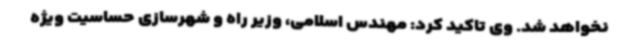
نخواهد شد. وی تاکید کرد: مهندس اسلامی، وزیر راه و شهرسازی حساسیت ویژه